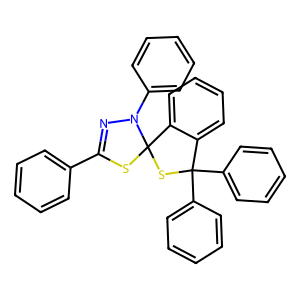
SMILES: c1ccc(C2=NN(c3ccccc3)C3(S2)SC(c2ccccc2)(c2ccccc2)c2ccccc23)cc1
Inhibits HIV replication: No